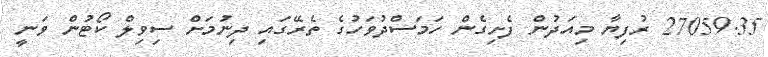
27059.35 ރުފިޔާ މިއަދުން ފެށިގެން ހަމަސްދުވަހުގެ ތެރޭގައި ދިނުމަށް ސިވިލް ކޯޓުން ވަނީ